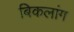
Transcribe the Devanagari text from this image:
बिकलांग